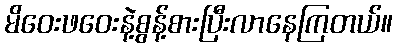
မိဝေးဖဝေးနဲ့စွန့်စားပြီးလာနေကြတယ်။